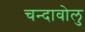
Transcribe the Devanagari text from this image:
चन्दावोलु